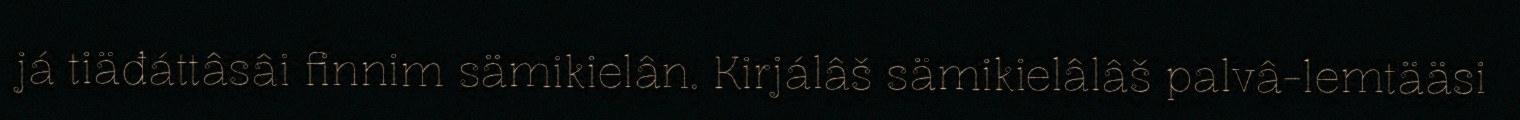
já tiäđáttâsâi finnim sämikielân. Kirjálâš sämikielâlâš palvâ-lemtääsi